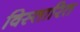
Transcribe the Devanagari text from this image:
विस्तारित